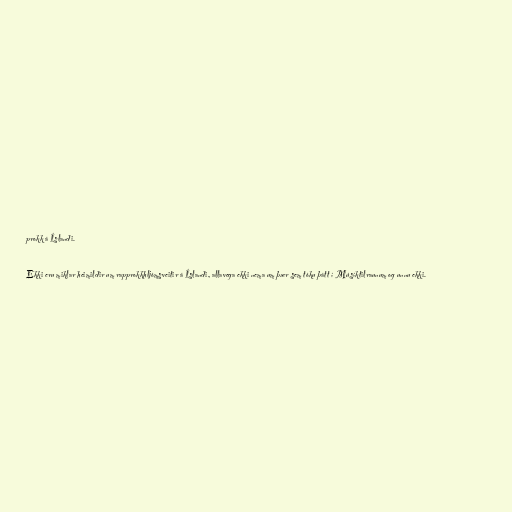
prokk á Íslandi.

Ekki eru miklar heimildir um rapprokkhljómsveitir á Íslandi, allavega ekki nema um þær sem tóku þátt í Músíktilraunum og unnu ekki.